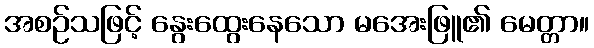
အစဉ်သဖြင့် နွေးထွေးနေသော မအေးဖြူ၏ မေတ္တာ။